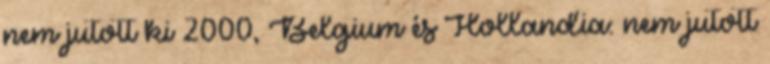
nem jutott ki 2000, Belgium és Hollandia: nem jutott